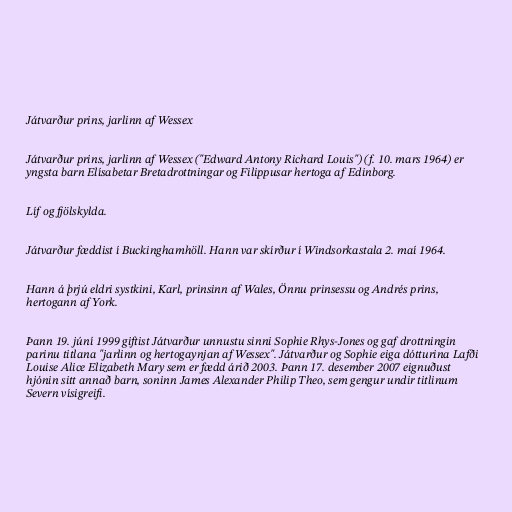
Játvarður prins, jarlinn af Wessex

Játvarður prins, jarlinn af Wessex ("Edward Antony Richard Louis") (f. 10. mars 1964) er
yngsta barn Elísabetar Bretadrottningar og Filippusar hertoga af Edinborg.

Líf og fjölskylda.

Játvarður fæddist í Buckinghamhöll. Hann var skírður í Windsorkastala 2. maí 1964.

Hann á þrjú eldri systkini, Karl, prinsinn af Wales, Önnu prinsessu og Andrés prins,
hertogann af York.

Þann 19. júní 1999 giftist Játvarður unnustu sinni Sophie Rhys-Jones og gaf drottningin
parinu titlana "jarlinn og hertogaynjan af Wessex". Játvarður og Sophie eiga dótturina Lafði
Louise Alice Elizabeth Mary sem er fædd árið 2003. Þann 17. desember 2007 eignuðust
hjónin sitt annað barn, soninn James Alexander Philip Theo, sem gengur undir titlinum
Severn vísigreifi.